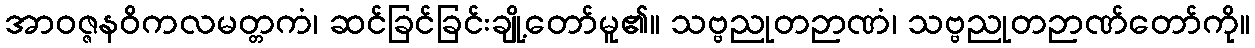
အာဝဇ္ဇနဝိကလမတ္တကံ၊ ဆင်ခြင်ခြင်းချို့တော်မူ၏။ သဗ္ဗညုတဉာဏံ၊ သဗ္ဗညုတဉာဏ်တော်ကို။